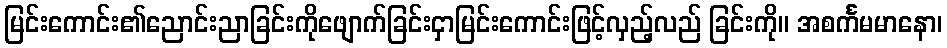
မြင်းကောင်း၏ညောင်းညာခြင်းကိုဖျောက်ခြင်းငှာမြင်းကောင်းဖြင့်လှည့်လည် ခြင်းကို။ အစင်္ကမမာနော၊